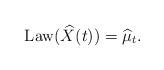
LaTeX: \begin{align*}\mathrm{Law}(\widehat{X}(t)) = \widehat{\mu}_t.\end{align*}